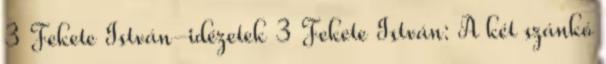
3 Fekete István-idézetek 3 Fekete István: A két szánkó